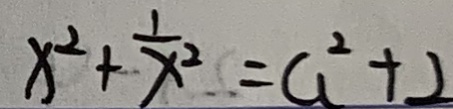
x ^ { 2 } + \frac { 1 } { x ^ { 2 } } = a ^ { 2 } + 2